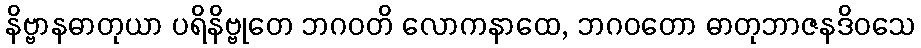
နိဗ္ဗာနဓာတုယာ ပရိနိဗ္ဗုတေ ဘဂဝတိ လောကနာထေ, ဘဂဝတော ဓာတုဘာဇနဒိဝသေ